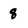
Character: 8